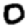
Digit: 0